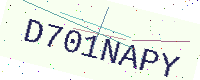
Text: D701NAPY